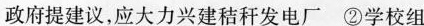
政府提建议，应大力兴建秸秆发电厂 ②学校组